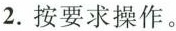
2.按要求操作。